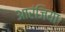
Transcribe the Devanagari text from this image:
आरंजिया